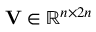
\mathbf { V } \in \mathbb { R } ^ { n \times 2 n }